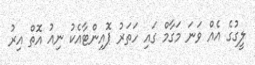
ލީގުގެ އެއް ވަނަ މަގާމް ގައި ހަތަރު ޕޮއިންޓާއެކު ނިއު އޮތް އިރު